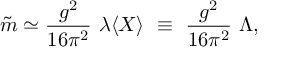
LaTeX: \tilde { m } \simeq { \frac { g ^ { 2 } } { 1 6 \pi ^ { 2 } } } ~ \lambda \langle X \rangle ~ \equiv ~ { \frac { g ^ { 2 } } { 1 6 \pi ^ { 2 } } } ~ \Lambda ,